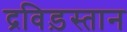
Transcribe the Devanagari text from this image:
द्रविड़स्तान